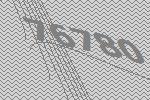
76780